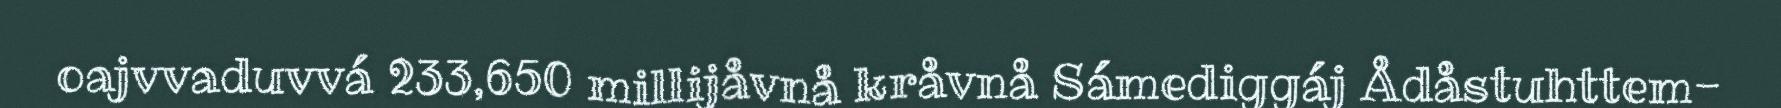
oajvvaduvvá 233,650 millijåvnå kråvnå Sámediggáj Ådåstuhttem-